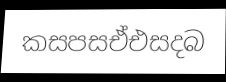
කසපසඒඑසදබ